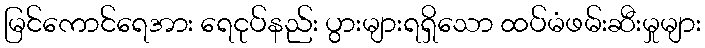
မြင်ကောင်ရေအား ရေငုပ်နည်း ပွားများရရှိသော ထပ်မံဖမ်းဆီးမှုများ